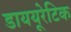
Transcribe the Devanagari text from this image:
डाययूरेटिक